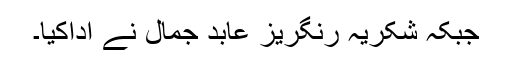
جبکہ شکریہ رنگریز عابد جمال نے اداکیا۔